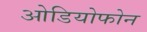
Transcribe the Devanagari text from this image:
ओडियोफोन